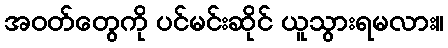
အဝတ်တွေကို ပင်မင်းဆိုင် ယူသွားရမလား။